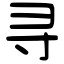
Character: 寻